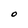
Character: O